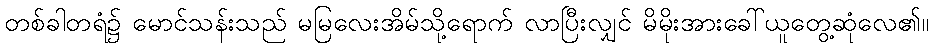
တစ်ခါတရံ၌ မောင်သန်းသည် မမြလေးအိမ်သို့ရောက် လာပြီးလျှင် မိမိုးအားခေါ်ယူတွေ့ဆုံလေ၏။